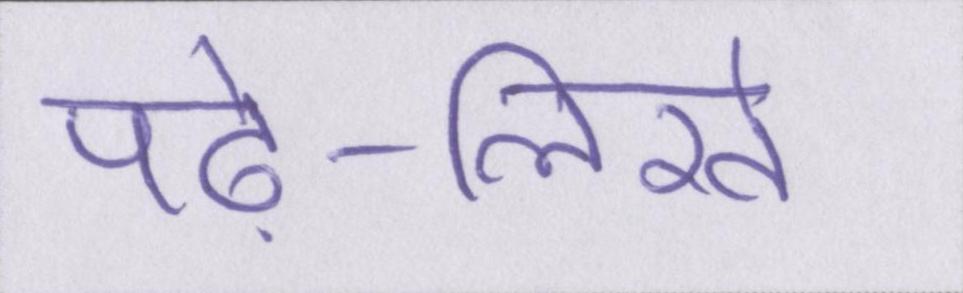
पढ़े-लिखे